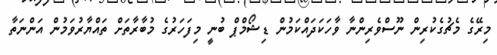
މިރޭގެ މެޗުގެކުރިން ނޫސްވެރިންނާ ވާހަކަދައްކަމުން ޑިޝޯމްޕް ބުނީ މިފަހަރުގެ މުބާރާތަށް ތައްޔާރުވަމުން އަންނަތާ